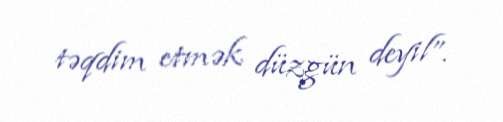
təqdim etmək düzgün deyil”.